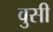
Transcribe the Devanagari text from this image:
वुसी